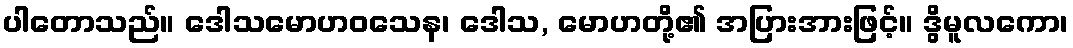
ပါတောသည်။ ဒေါသမောဟဝသေန၊ ဒေါသ, မောဟတို့၏ အပြားအားဖြင့်။ ဒွိမူလကော၊